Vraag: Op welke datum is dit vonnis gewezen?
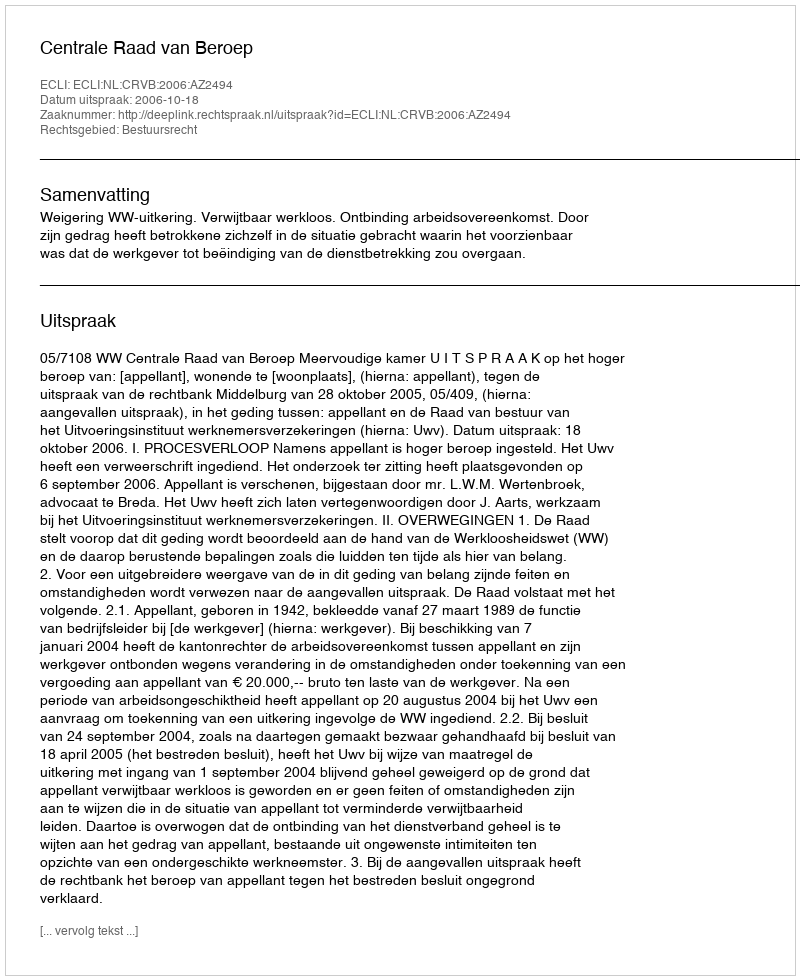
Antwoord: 2006-10-18